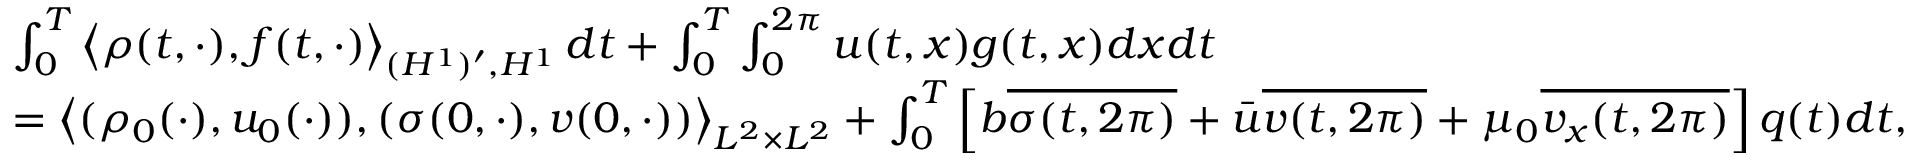
\begin{array} { r l } & { \int _ { 0 } ^ { T } \left\langle \rho ( t , \cdot ) , f ( t , \cdot ) \right\rangle _ { ( H ^ { 1 } ) ^ { \prime } , H ^ { 1 } } d t + \int _ { 0 } ^ { T } \int _ { 0 } ^ { 2 \pi } u ( t , x ) g ( t , x ) d x d t } \\ & { = \left\langle ( \rho _ { 0 } ( \cdot ) , u _ { 0 } ( \cdot ) ) , ( \sigma ( 0 , \cdot ) , v ( 0 , \cdot ) ) \right\rangle _ { L ^ { 2 } \times L ^ { 2 } } + \int _ { 0 } ^ { T } \left[ b \overline { { \sigma ( t , 2 \pi ) } } + \bar { u } \overline { { v ( t , 2 \pi ) } } + \mu _ { 0 } \overline { { v _ { x } ( t , 2 \pi ) } } \right] q ( t ) d t , } \end{array}